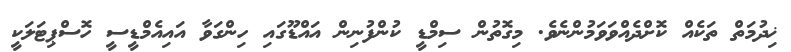
ޚިދުމަތް ތަކެއް ކޮށްދެއްވަވަމުންނެވެ. މިގޮތުން ސިމްޑީ ކުންފުނިން އައްޑޫގައި ހިންގަވާ އައިއެމްޑީސީ ހޮސްޕިޓަލަކީ